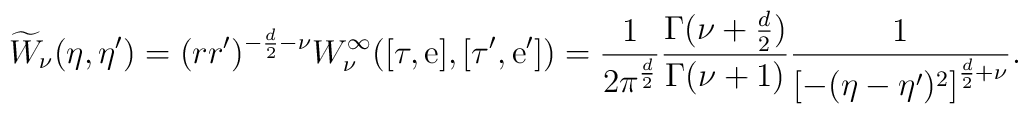
\widetilde { W}_{\nu}  (\eta ,\eta') =  (r r')^{-\frac{d}{2} - \nu}{ W}_{\nu}^{\infty}([\tau,{\rm e}],[\tau',{\rm e}']) =   \frac{1}{2\pi^\frac{d}{2}}  \frac {\Gamma(\nu+ \frac {d}2 )}{\Gamma(\nu+1)}\frac{1}{{[-(\eta -\eta')^2]}^{\frac {d}{2}+\nu}}.